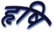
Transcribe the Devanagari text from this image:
हृषि